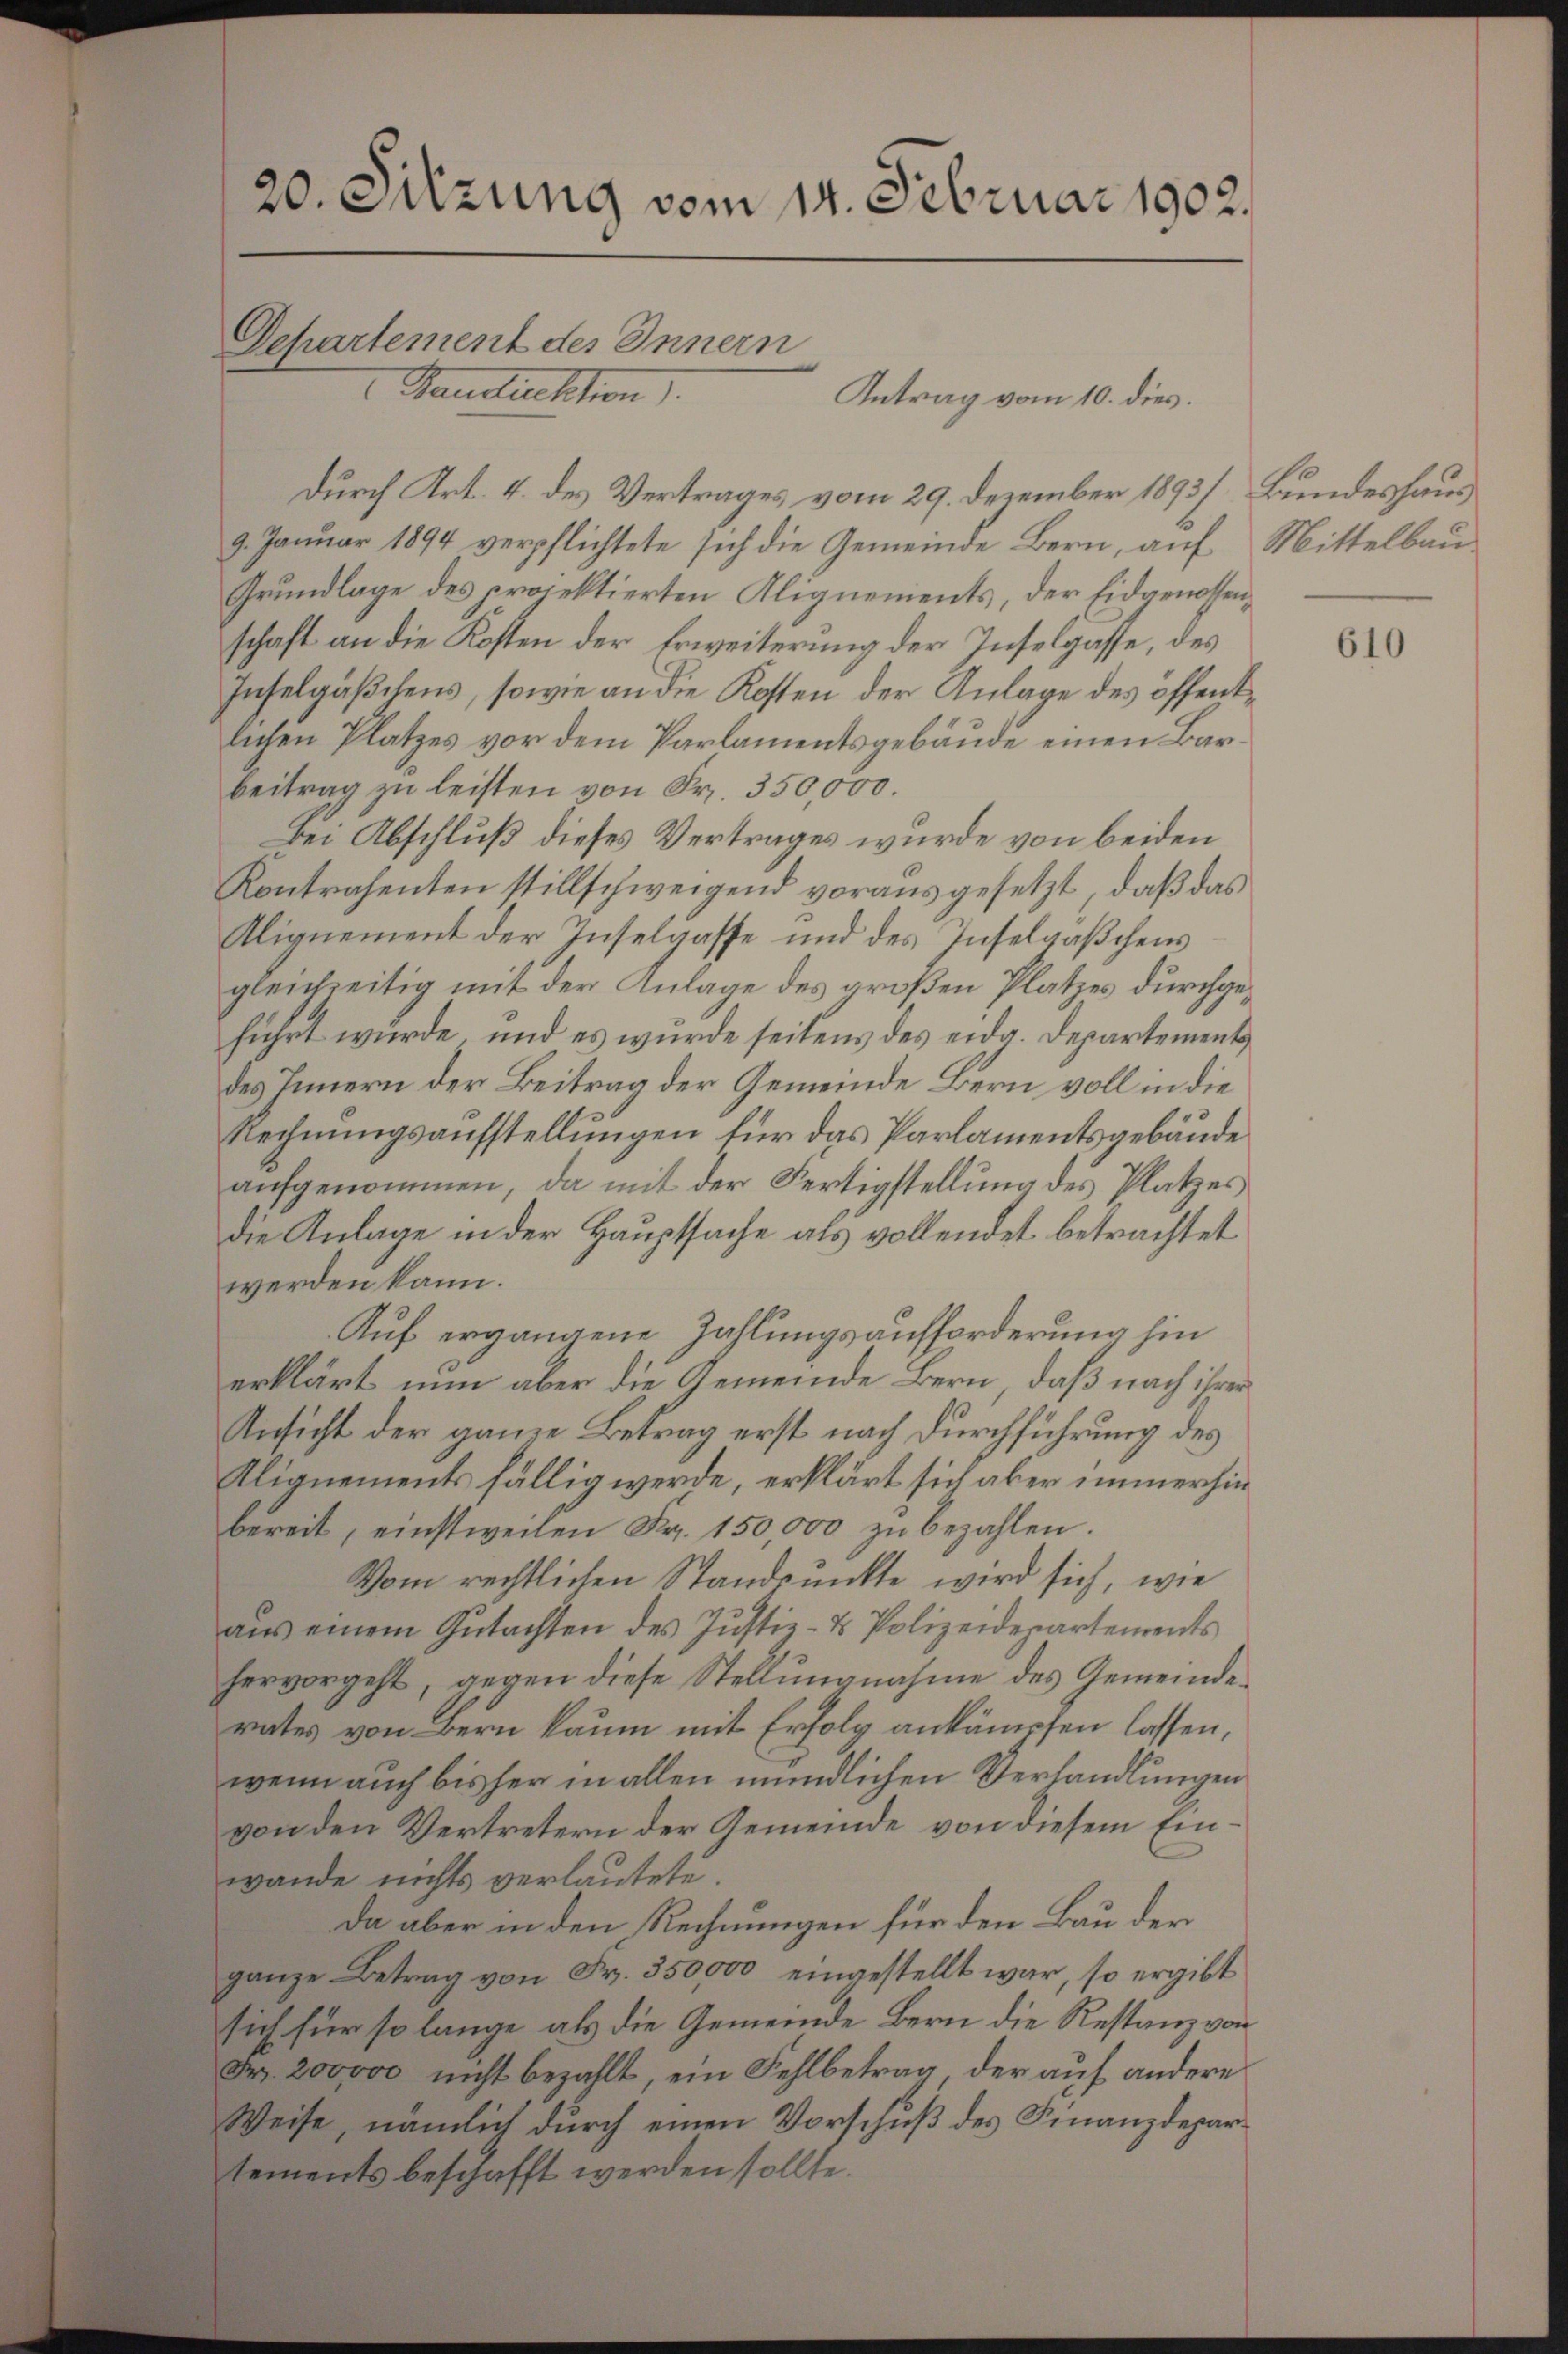
Departement des Innern
Pandtüchten
Antrag vom 10. dies.
durch Art. 4. des Vertrages vom 29. Dezember 1893] Bundeshaus
9. Januar 1894 verpflichtete sich die Gemeinde Bern, auf Mittelbau
Grundlage des projektierten Alignements, der Eidgenossenschaft an die Kosten der Erweiterung der Inselgasse, des
Inselgäßikens, sowie an die Kosten der Anlage des öffentlichen Platzes vor dem Parlamentsgebäude einen Barbeitrag zu leisten von Fr. 350,000.
bei Abschluß dieses Vertrages wurde von beiden
Kontrahenten stillschweigend vorausgesetzt, daß das
Alignement der Inselgasse und des Inselgäßchens
gleichzeitig mit der Anlage des großen Platzes durchgeführt wurde, und es wurde seitens des eidg. Departements
des Innern der Beitrag der Gemeinde Bern voll in die
Rechnungsaufstellungen für das Parlamentsgebäude
aŭfgenommen, da mit der Fertigstellŭng des Platzes
die Anlage in der Hauptsache als vollendet betrachtet
werden kann.
Auf ergangene Zahlungsaufforderung hin
erklärt nun aber die Gemeinde Bern, daß nach ihrer
Ansicht der ganze Betrag erst nach Durchführung des
Alignements fällig werde, erklärt sich aber immerhin
bereit, einstweilen Fr. 150,000 zu bezahlen.
Vom rechtlichen Standpŭnkte wird sich, wie
aus einem Gutachten des Justiz- & Polizeidepartements
hervorgeht, gegen diese Stellungnahme des Gemeinderates von Bern kaum mit Erfolg ankämpfen lassen,
wenn auch bisher in allen mündlichen Verhandlungen
von den Vertretern der Gemeinde von diesem Einwande nichts verlautete.
Da aber in den Rechnungen für den Bau der
ganze Betrag von Fr. 350,000 eingestellt war, so ergibt
sich für so lange als die Gemeinde Bern die Restanz von
Fr. 200000 nicht bezahlt, ein Fehlbetrag der auf andere
Weise, nämlich durch einen Vorschuß des Finanzdepartements beschafft werden sollte.

20. Sitzung vom 14. Februar 1902.

610